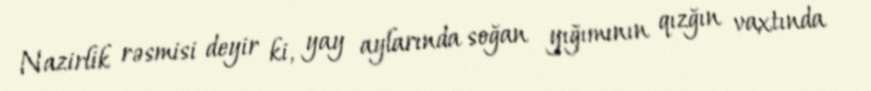
Nazirlik rəsmisi deyir ki, yay aylarında soğan yığımının qızğın vaxtında